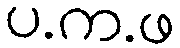
ပ.က.ဖ